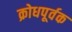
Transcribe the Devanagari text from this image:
क्रोधपूर्वक